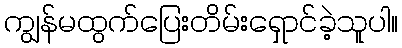
ကျွန်မထွက်ပြေးတိမ်းရှောင်ခဲ့သူပါ။